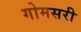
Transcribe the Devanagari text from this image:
गोमसरी